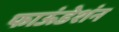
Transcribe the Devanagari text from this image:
फाऊंडेशंन